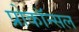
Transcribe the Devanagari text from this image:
प्रोकॉन्सल